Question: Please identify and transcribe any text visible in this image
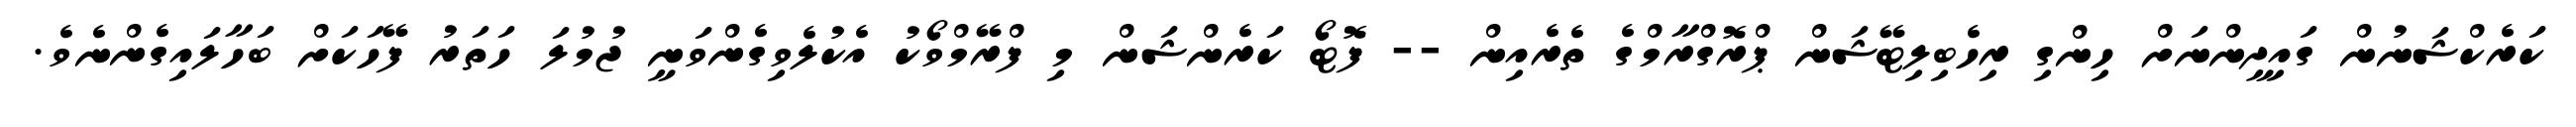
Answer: ކަރެކްޝަނުން ގައިދީންނަށް ހިންގި ރިހެބިލިޓޭޝަން ޕްރޮގްރާމްގެ ތެރެއިން -- ފޮޓޯ ކަރެންޝަން މި ފްރޭމްވޯކު އެކުލެވިގެންވަނީ ޖުމުލަ ހަތަރު ފޭހަކަށް ބަހާލައިގެންނެވެ.